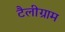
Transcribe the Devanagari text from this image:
टैलीग्राम